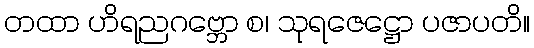
တထာ ဟိရညဂဗ္ဘော စ၊ သုရဇေဋ္ဌော ပဇာပတိ။